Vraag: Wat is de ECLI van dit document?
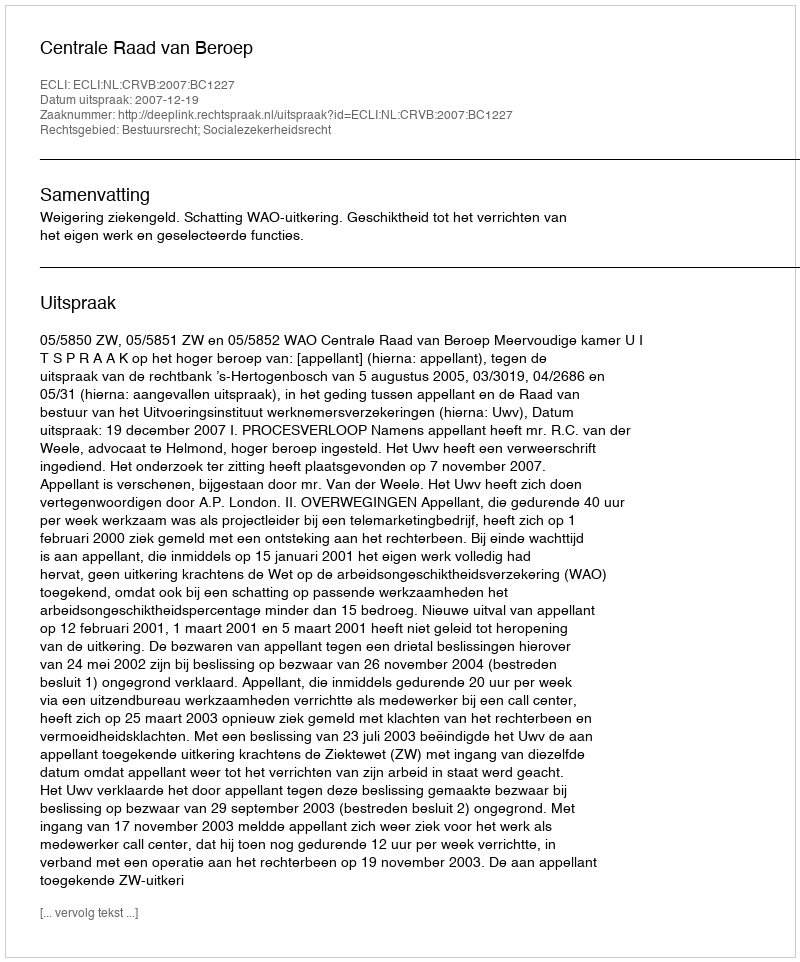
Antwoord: ECLI:NL:CRVB:2007:BC1227